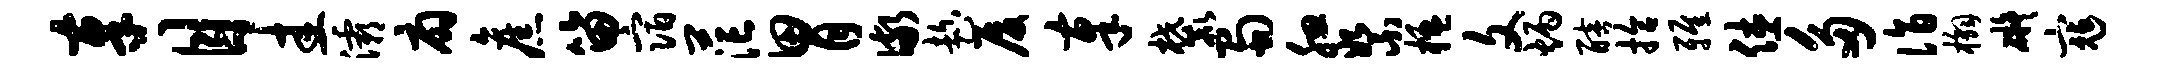
奉目圭灞扇旧笛宿茫胃儆趁厦奉麓蜀腮絮楹文炳醅拾雅休多诣槲碍寇